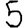
Digit: 5